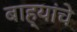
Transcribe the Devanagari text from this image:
बाह्यांचे